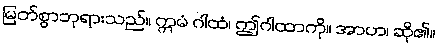
မြတ်စွာဘုရားသည်။ ဣမံ ဂါထံ၊ ဤဂါထာကို။ အာဟ၊ ဆို၏။